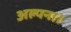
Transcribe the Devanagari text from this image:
अल्पना।